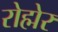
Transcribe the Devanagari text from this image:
रोह्मेर